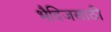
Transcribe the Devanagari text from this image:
भैदिजसाठी